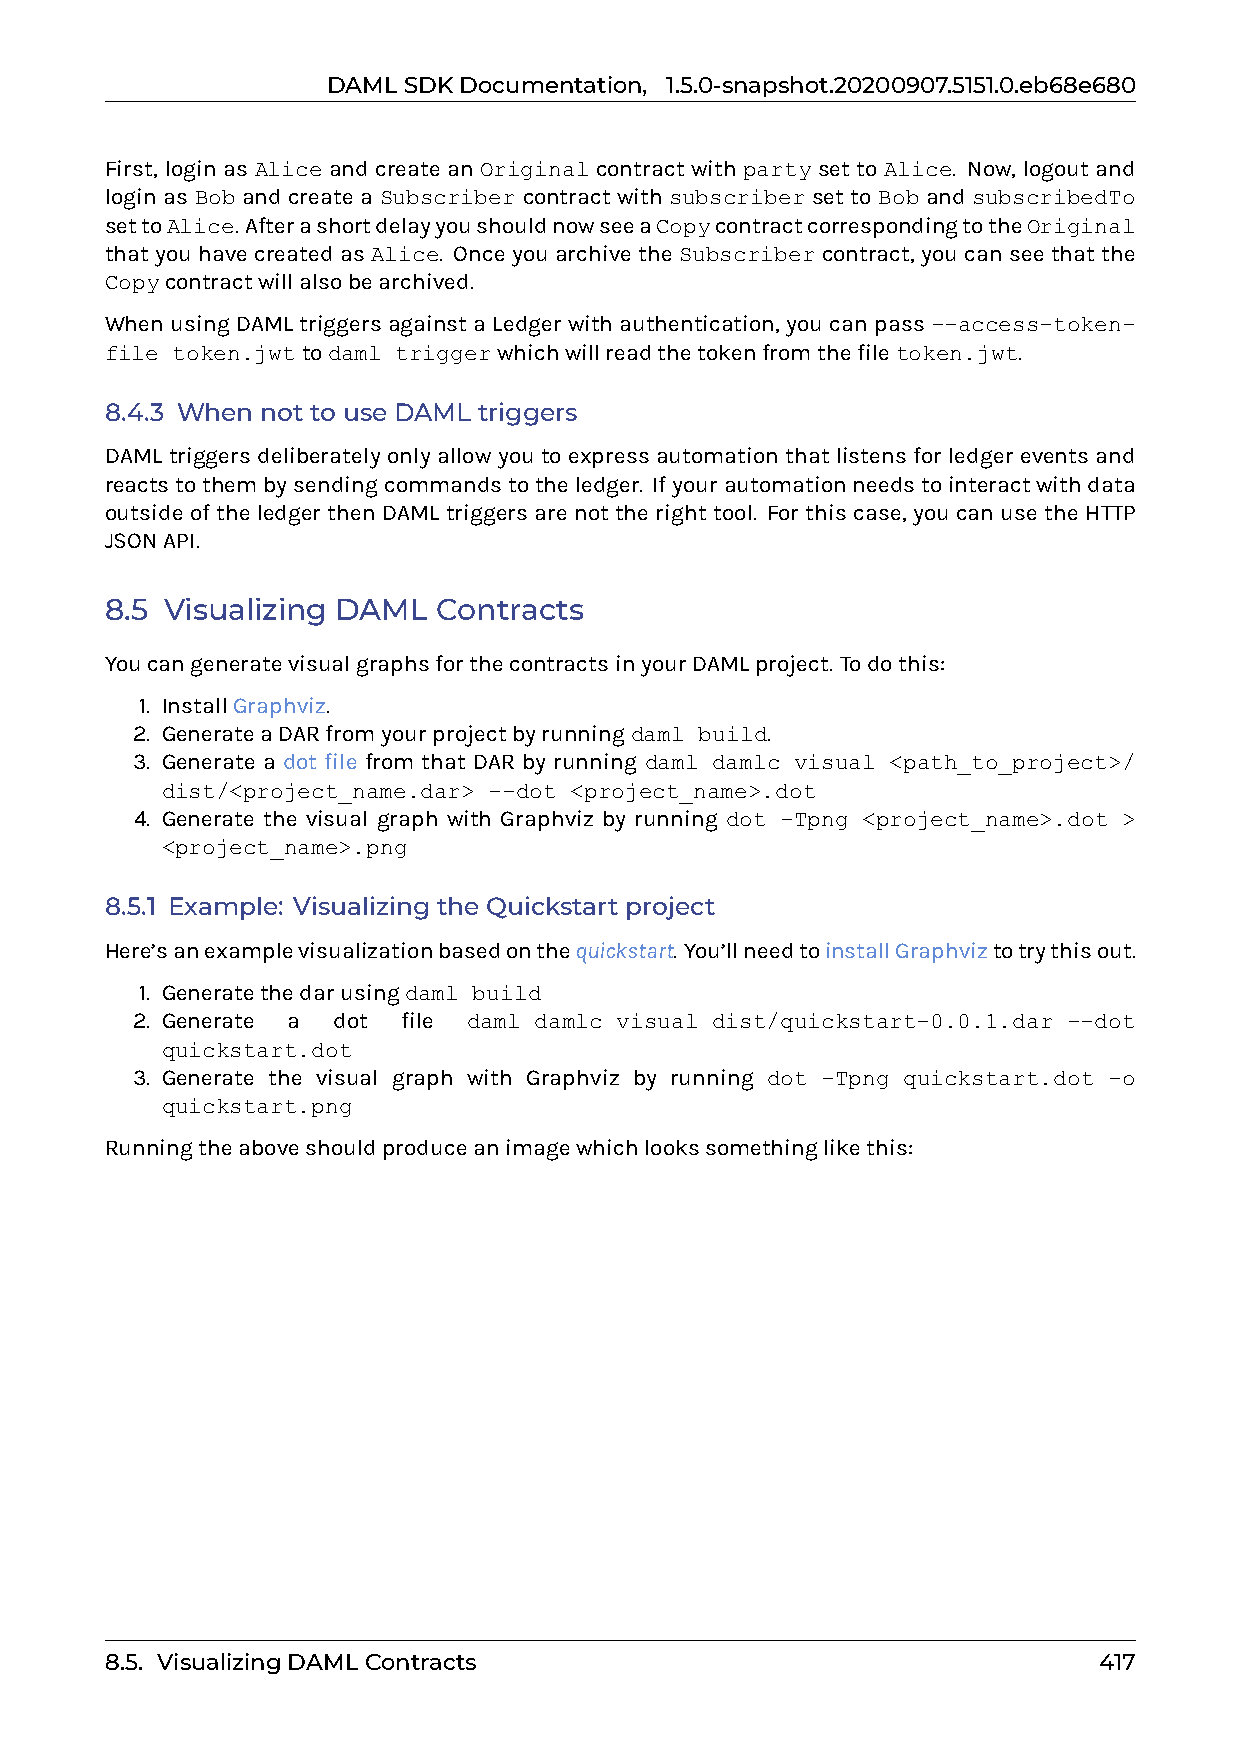
DAMLSDKDocumentation, 1.5.0-snapshot.20200907.5151.0.eb68e680
 First, login as Alice and create an Original contract with party set to Alice. Now, logout and
 login as Bob and create a Subscriber contract with subscriber set to Bob and subscribedTo
 settoAlice. AfterashortdelayyoushouldnowseeaCopycontractcorrespondingtotheOriginal
 that you have created as Alice. Once you archive the Subscriber contract, you can see that the
 Copycontractwillalsobearchived.
 WhenusingDAMLtriggersagainstaLedgerwithauthentication, youcanpass--access-token-
 file token.jwttodaml triggerwhichwillreadthetokenfromthefiletoken.jwt.
 8.4.3 When not to use DAML triggers
 DAML triggers deliberately only allow you to express automation that listens for ledger events and
 reactstothembysendingcommandstotheledger. Ifyourautomationneedstointeractwithdata
 outside of the ledger then DAML triggers are not the right tool. For this case, you can use the HTTP
 JSONAPI.
 8.5 Visualizing DAML  Contracts
 YoucangeneratevisualgraphsforthecontractsinyourDAMLproject. Todothis:
 1. InstallGraphviz.
 2. GenerateaDARfromyourprojectbyrunningdaml build.
 3. Generate a dot file from that DAR by running daml damlc visual <path_to_project>/
 dist/<project_name.dar> --dot <project_name>.dot
 4. Generate the visual graph with Graphviz by running dot -Tpng <project_name>.dot >
 <project_name>.png
 8.5.1 Example: Visualizing the Quickstart project
 Here’sanexamplevisualizationbasedonthequickstart. You’llneedtoinstallGraphviztotrythisout.
 1. Generatethedarusingdaml build
 2. Generate a dot file daml damlc visual dist/quickstart-0.0.1.dar --dot
 quickstart.dot
 3. Generate the visual graph with Graphviz by running dot -Tpng quickstart.dot -o
 quickstart.png
 Runningtheaboveshouldproduceanimagewhichlookssomethinglikethis:
 8.5. VisualizingDAMLContracts                                     417